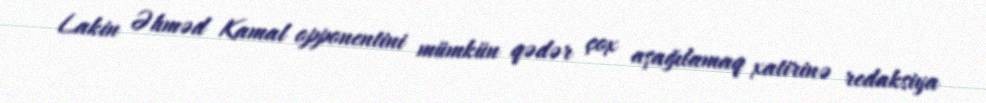
Lakin Əhməd Kamal opponentini mümkün qədər çox aşağılamaq xatirinə redaksiya